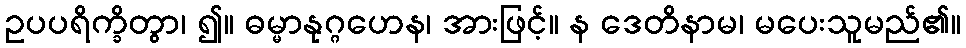
ဥပပရိက္ခိတွာ၊ ၍။ ဓမ္မာနုဂ္ဂဟေန၊ အားဖြင့်။ န ဒေတိနာမ၊ မပေးသူမည်၏။